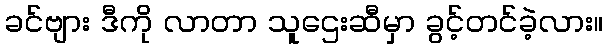
ခင်ဗျား ဒီကို လာတာ သူဌေးဆီမှာ ခွင့်တင်ခဲ့လား။